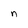
Character: n